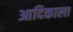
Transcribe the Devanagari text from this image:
आदिकाला